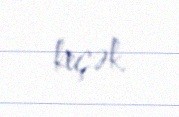
keçək.